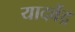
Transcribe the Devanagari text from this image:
यादवेंद्र